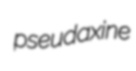
pseudaxine